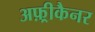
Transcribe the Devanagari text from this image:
अफ़्रीकैनर